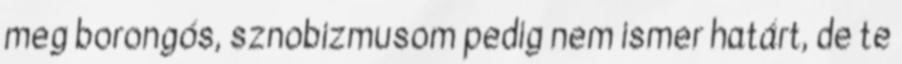
meg borongós, sznobizmusom pedig nem ismer határt, de te